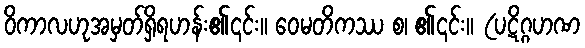
ဝိကာလဟုအမှတ်ရှိရဟန်း၏၎င်း။ ဝေမတိကဿ စ၊ ၏၎င်း။ (ပဋိဂ္ဂဟဏ